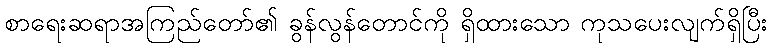
စာရေးဆရာအကြည်တော်၏ ခွန်လွန်တောင်ကို ရှိထားသော ကုသပေးလျက်ရှိပြီး